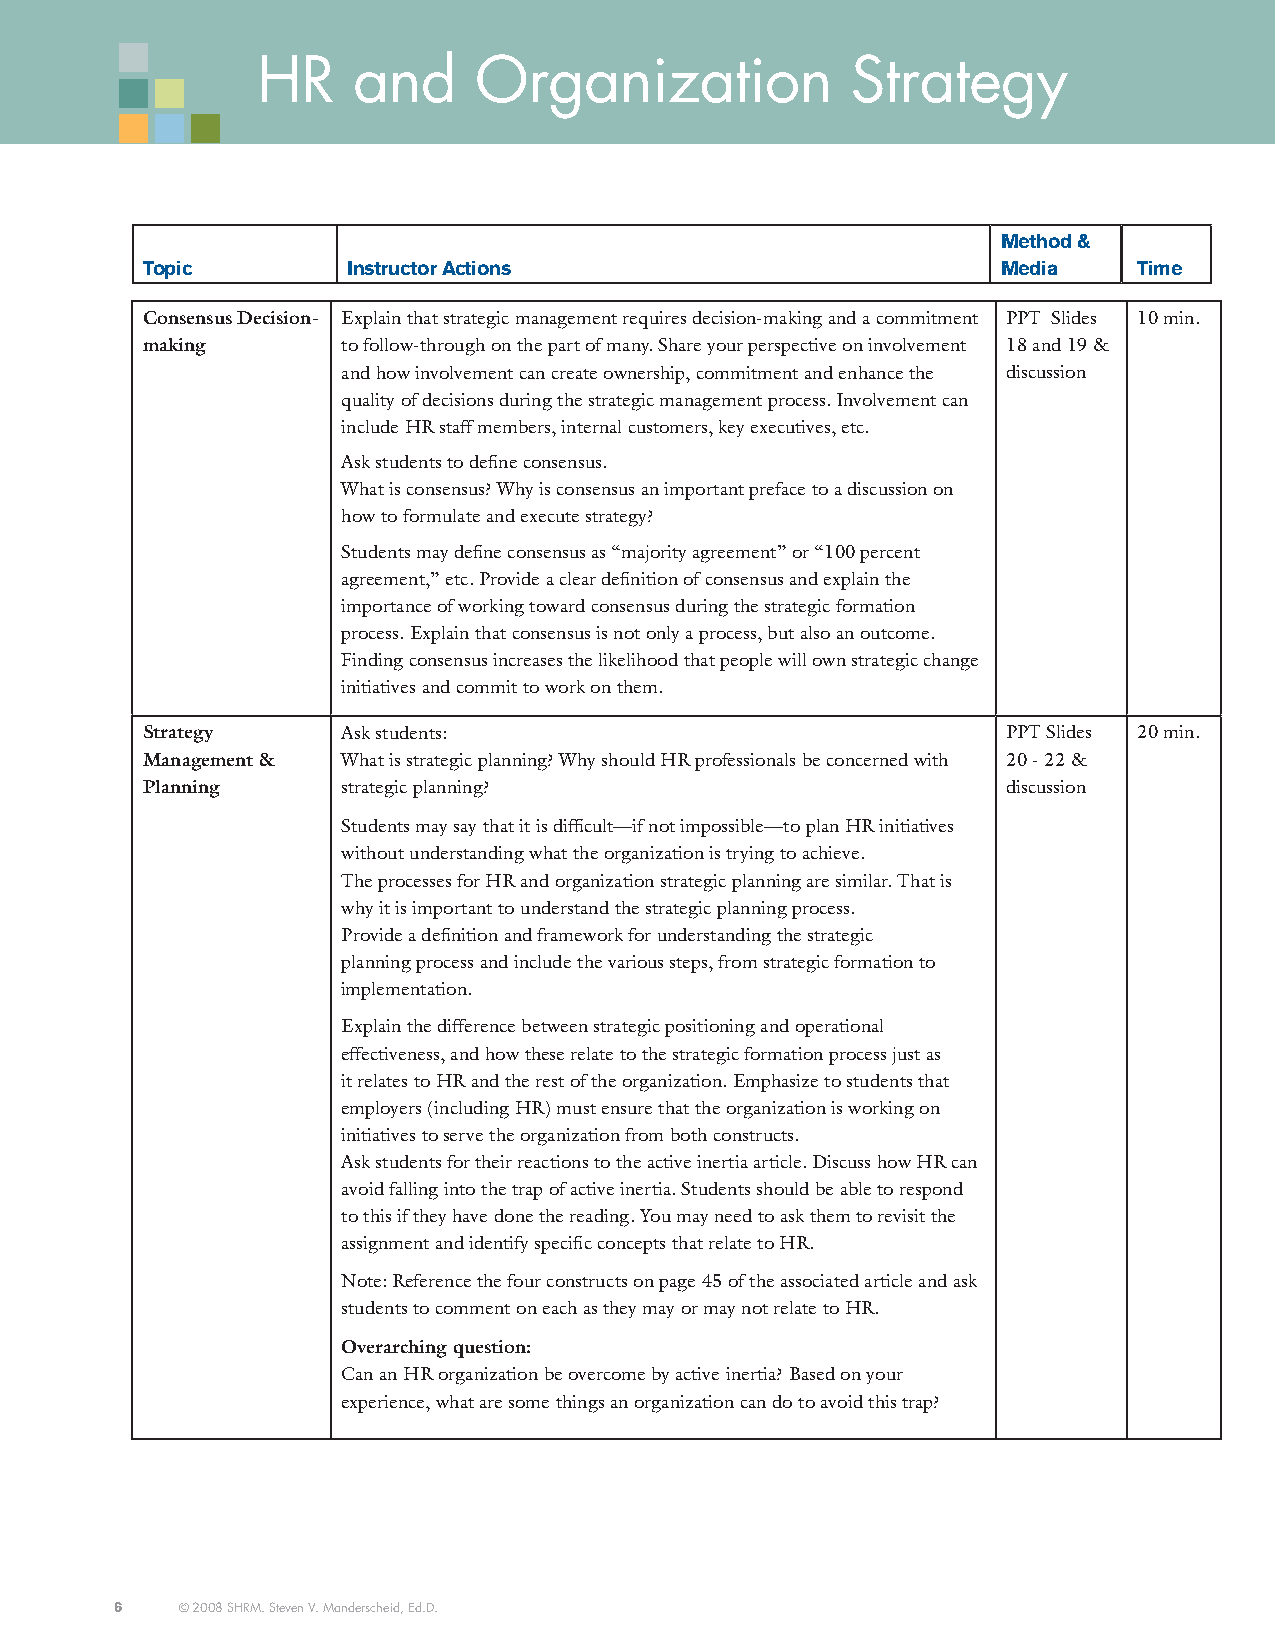
HR    and     Organization             Strategy
 Method &
 topic         instructor actions                         Media    time
 Consensus Decision- Explain that strategic management requires decision-making and a commitment PPT Slides 10 min.
 making        to follow-through on the part of many. Share your perspective on involvement 18 and 19 &
 and how involvement can create ownership, commitment and enhance the discussion
 quality of decisions during the strategic management process. Involvement can
 include HR staff members, internal customers, key executives, etc.
 Ask students to define consensus.
 What is consensus? Why is consensus an important preface to a discussion on
 how to formulate and execute strategy?
 Students may define consensus as “majority agreement” or “100 percent
 agreement,” etc. Provide a clear definition of consensus and explain the
 importance of working toward consensus during the strategic formation
 process. Explain that consensus is not only a process, but also an outcome.
 Finding consensus increases the likelihood that people will own strategic change
 initiatives and commit to work on them.
 Strategy      Ask students:                               PPT Slides 20 min.
 Management &  What is strategic planning? Why should HR professionals be concerned with 20 - 22 &
 Planning      strategic planning?                         discussion
 Students may say that it is difficult—if not impossible—to plan HR initiatives
 without understanding what the organization is trying to achieve.
 The processes for HR and organization strategic planning are similar. That is
 why it is important to understand the strategic planning process.
 Provide a definition and framework for understanding the strategic
 planning process and include the various steps, from strategic formation to
 implementation.
 Explain the difference between strategic positioning and operational
 effectiveness, and how these relate to the strategic formation process just as
 it relates to HR and the rest of the organization. Emphasize to students that
 employers (including HR) must ensure that the organization is working on
 initiatives to serve the organization from both constructs.
 Ask students for their reactions to the active inertia article. Discuss how HR can
 avoid falling into the trap of active inertia. Students should be able to respond
 to this if they have done the reading. You may need to ask them to revisit the
 assignment and identify specific concepts that relate to HR.
 Note: Reference the four constructs on page 45 of the associated article and ask
 students to comment on each as they may or may not relate to HR.
 Overarching question:
 Can an HR organization be overcome by active inertia? Based on your
 experience, what are some things an organization can do to avoid this trap?
 6   © 2008 SHRM. Steven V. Manderscheid, Ed.D.